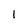
Character: l